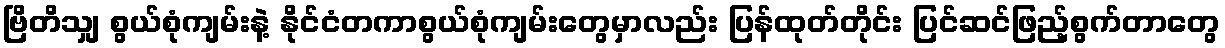
ဗြိတိသျှ စွယ်စုံကျမ်းနဲ့ နိုင်ငံတကာစွယ်စုံကျမ်းတွေမှာလည်း ပြန်ထုတ်တိုင်း ပြင်ဆင်ဖြည့်စွက်တာတွေ